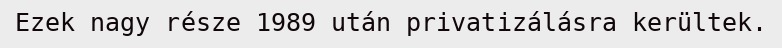
Ezek nagy része 1989 után privatizálásra kerültek.